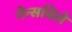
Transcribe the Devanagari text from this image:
गेन्सविले